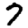
Digit: 7